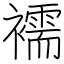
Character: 襦